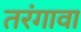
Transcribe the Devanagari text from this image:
तरंगावा